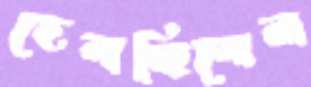
হেলছিলেন